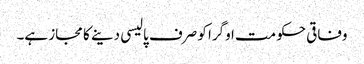
وفاقی حکومت اوگرا کو صرف پالیسی دینے کا مجاز ہے۔